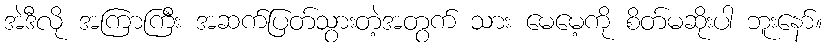
အဲဒီလို အကြာကြီး အဆက်ပြတ်သွားတဲ့အတွက် သား မေမေ့ကို စိတ်မဆိုးပါ ဘူးနော်။